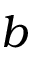
b